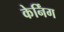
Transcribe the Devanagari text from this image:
केर्निंग